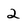
Character: 2